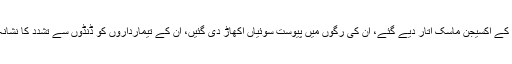
مریضوں کے آکسیجن ماسک اتار دیے گئے، ان کی رگوں میں پیوست سوئیاں اکھاڑ دی گئیں، ان کے تیمارداروں کو ڈنڈوں سے تشدد کا نشانہ بنایا گیا۔